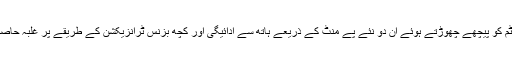
کارڈ بیسڈ سسٹم کو پیچھے چھوڑتے ہوئے ان دو نئے پے منٹ کے ذریعے ہاتھ سے ادائیگی اور کچھ بزنس ٹرانزیکشن کے طریقے پر غلبہ حاصل کر لیا ہے ۔